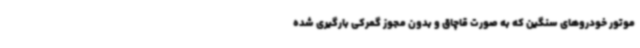
موتور خودروهای سنگین که به صورت قاچاق و بدون مجوز گمرکی بارگیری شده